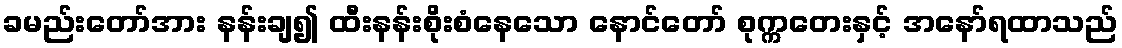
ခမည်းတော်အား နန်းချ၍ ထီးနန်းစိုးစံနေသော နောင်တော် စုက္ကတေးနှင့် အနော်ရထာသည်